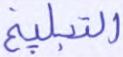
التبليغ